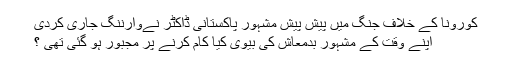
کورونا کے خلاف جنگ میں پیش پیش مشہور پاکستانی ڈاکٹر نےوارننگ جاری کردی
اپنے وقت کے مشہور بدمعاش کی بیوی کیا کام کرنے پر مجبور ہو گئی تھی ؟